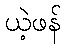
ယဲ့ဖန်